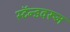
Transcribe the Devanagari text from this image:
स्टॅन्डवरून